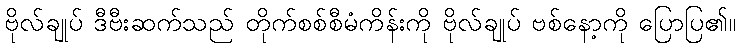
ဗိုလ်ချုပ် ဒီဗီးဆက်သည် တိုက်စစ်စီမံကိန်းကို ဗိုလ်ချုပ် ဗစ်နော့ကို ပြောပြ၏။